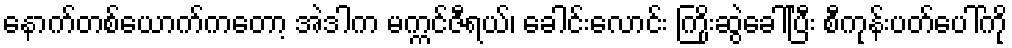
နောက်တစ်ယောက်ကတော့ အဲဒါက မက္ကင်ဇီရယ်၊ ခေါင်းလောင်း ကြိုးဆွဲခေါ်ပြီး စီကုန်းပတ်ပေါ်ကို